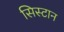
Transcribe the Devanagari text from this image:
सिस्टान